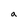
Character: a